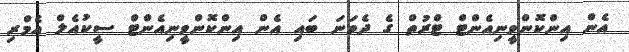
އެން އިންކޮންވީނިއެންޓް ޓްރުތް ގެ ދެވަނަ ބައި އެން އިންކޮންވީނިއެންޓް ސީކުއެލް އެމްރި